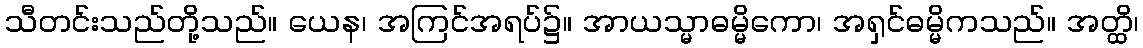
သီတင်းသည်တို့သည်။ ယေန၊ အကြင်အရပ်၌။ အာယသ္မာဓမ္မိကော၊ အရှင်ဓမ္မိကသည်။ အတ္ထိ၊